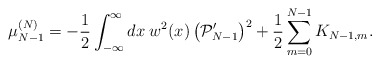
\begin{align*}\mu_{N-1}^{(N)}=-{1\over 2}\int_{-\infty}^{\infty}dx\;w^2(x)\left({\cal P}_{N-1}^{\prime}\right)^2+{1\over 2}\sum_{m=0}^{N-1} K_{N-1,m}.\end{align*}